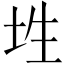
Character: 𡊳